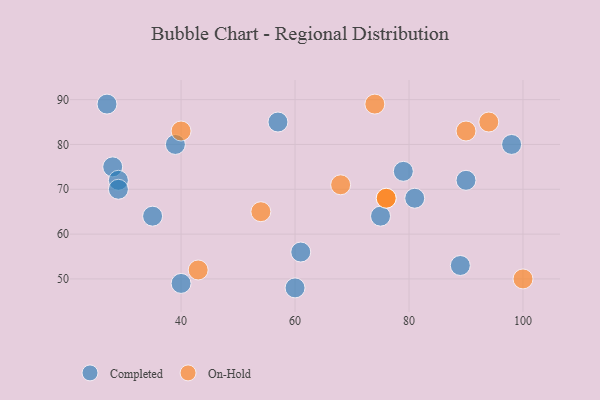
{"axis": {"x": "GDP", "y": "Life Expectancy"}, "legend": ["Completed", "On-Hold"], "data": [{"x": "28", "y": 75, "type": "Completed"}, {"x": "35", "y": 64, "type": "Completed"}, {"x": "40", "y": 49, "type": "Completed"}, {"x": "60", "y": 48, "type": "Completed"}, {"x": "98", "y": 80, "type": "Completed"}, {"x": "89", "y": 53, "type": "Completed"}, {"x": "90", "y": 72, "type": "Completed"}, {"x": "29", "y": 72, "type": "Completed"}, {"x": "75", "y": 64, "type": "Completed"}, {"x": "61", "y": 56, "type": "Completed"}, {"x": "81", "y": 68, "type": "Completed"}, {"x": "39", "y": 80, "type": "Completed"}, {"x": "29", "y": 70, "type": "Completed"}, {"x": "27", "y": 89, "type": "Completed"}, {"x": "79", "y": 74, "type": "Completed"}, {"x": "57", "y": 85, "type": "Completed"}, {"x": "40", "y": 83, "type": "On-Hold"}, {"x": "76", "y": 68, "type": "On-Hold"}, {"x": "68", "y": 71, "type": "On-Hold"}, {"x": "54", "y": 65, "type": "On-Hold"}, {"x": "74", "y": 89, "type": "On-Hold"}, {"x": "76", "y": 68, "type": "On-Hold"}, {"x": "94", "y": 85, "type": "On-Hold"}, {"x": "43", "y": 52, "type": "On-Hold"}, {"x": "90", "y": 83, "type": "On-Hold"}, {"x": "100", "y": 50, "type": "On-Hold"}]}